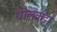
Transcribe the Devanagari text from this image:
धोलकट्टा